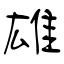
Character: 雄